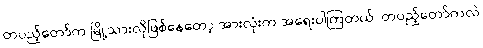
တပည့်တော်က မြို့သားလိုဖြစ်နေတော့ အားလုံးက အရေးပါကြတယ်၊ တပည့်တော်ကလဲ